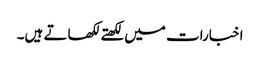
اخبارات میں لکھتے لکھاتے ہیں۔